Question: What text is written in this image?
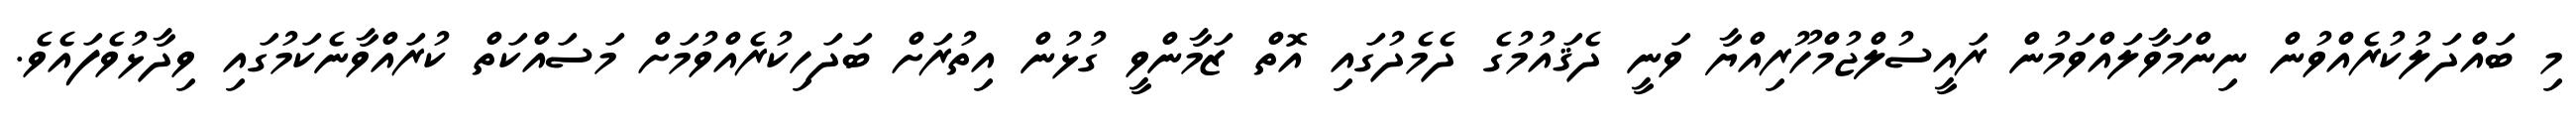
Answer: މި ބައްދަލުކުރެއްވުން ނިންމަވާލައްވަމުން ރައީސުލްޖުމްހޫރިއްޔާ ވަނީ ދެޤައުމުގެ ދެމެދުގައި އޮތް ޒަމާންވީ ގުޅުން އިތުރަށް ބަދަހިކުރެއްވުމަށް މަސައްކަތް ކުރައްވާނެކަމުގައި ވިދާޅުވެފައެވެ.